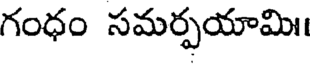
గంధం సమర్పయామి।।